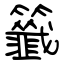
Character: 籤